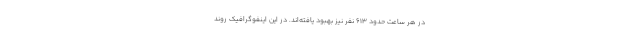
در هر ساعت حدود ۶۱۳ نفر نیز بهبود یافته‌اند. در این اینفوگرافیک روند